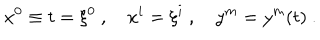
x ^ { 0 } \equiv t = \xi ^ { 0 } \ , \quad x ^ { i } = \xi ^ { i } \ , \quad y ^ { m } = y ^ { m } ( t ) \ .